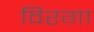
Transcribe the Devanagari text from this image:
विरगा